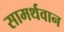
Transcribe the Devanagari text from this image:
सामर्थवान